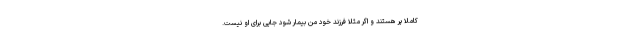
کاملا پر هستند و اگر مثلا فرزند خود من بیمار شود جایی برای او نیست‌.